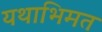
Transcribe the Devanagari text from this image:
यथाभिमत